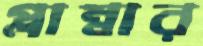
প্লাম্বার